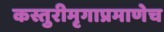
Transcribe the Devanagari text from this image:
कस्तुरीमृगाप्रमाणेच